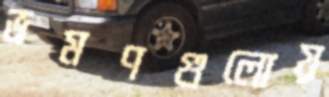
ভ্রমণগুলোয়